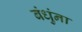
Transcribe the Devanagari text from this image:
बंधुंना